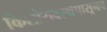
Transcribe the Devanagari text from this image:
किशोरावस्थेपासूनच